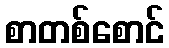
စာတစ်စောင်